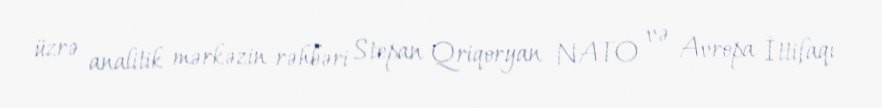
üzrə analitik mərkəzin rəhbəri Stepan Qriqoryan NATO və Avropa İttifaqı